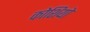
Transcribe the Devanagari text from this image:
कोशियो